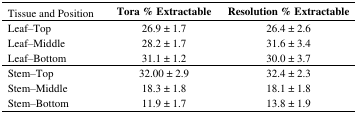
<table><thead><tr><td><b>Tissue and Position</b></td><td><b>Tora % Extractable</b></td><td><b>Resolution % Extractable</b></td></tr></thead><tbody><tr><td>Leaf–Top</td><td>26.9 ± 1.7</td><td>26.4 ± 2.6</td></tr><tr><td>Leaf–Middle</td><td>28.2 ± 1.7</td><td>31.6 ± 3.4</td></tr><tr><td>Leaf–Bottom</td><td>31.1 ± 1.2</td><td>30.0 ± 3.7</td></tr><tr><td>Stem–Top</td><td>32.00 ± 2.9</td><td>32.4 ± 2.3</td></tr><tr><td>Stem–Middle</td><td>18.3 ± 1.8</td><td>18.1 ± 1.8</td></tr><tr><td>Stem–Bottom</td><td>11.9 ± 1.7</td><td>13.8 ± 1.9</td></tr></tbody></table>